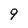
Character: 9